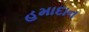
હમાદાન